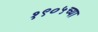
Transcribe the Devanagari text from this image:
१९०५च्या